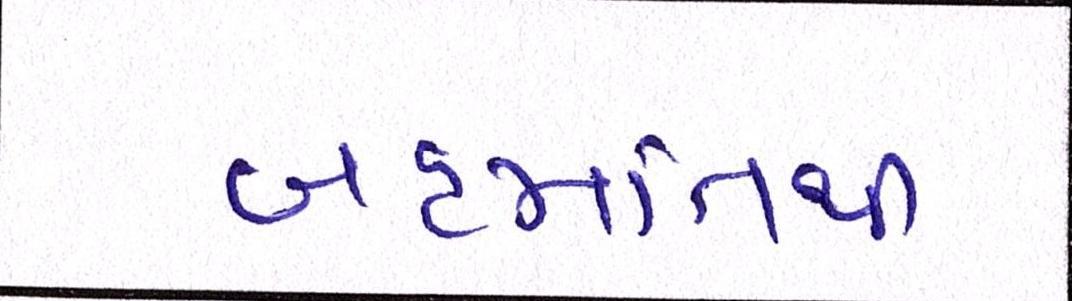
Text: બહમતિથી